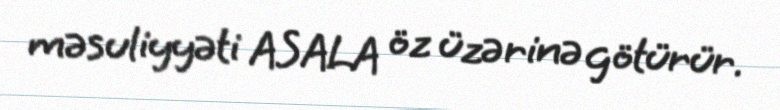
məsuliyyəti ASALA öz üzərinə götürür.